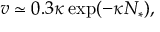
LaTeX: v \simeq 0 . 3 \kappa \exp ( - \kappa N _ { * } ) ,